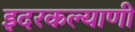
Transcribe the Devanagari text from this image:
इदरकल्याणी